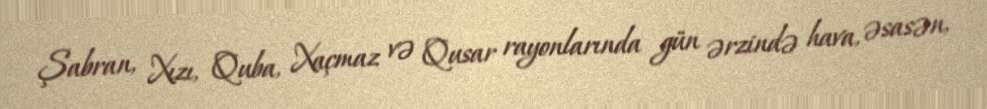
Şabran, Xızı, Quba, Xaçmaz və Qusar rayonlarında gün ərzində hava, əsasən,